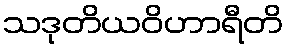
သဒုတိယဝိဟာရီတိ